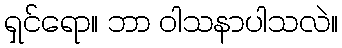
ရှင်ရော။ ဘာ ဝါသနာပါသလဲ။